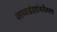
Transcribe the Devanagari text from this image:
काव्यसंग्रहांबरोबरच